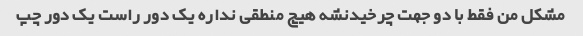
مشکل من فقط با دو جهت چرخیدنشه هیچ منطقی نداره یک دور راست یک دور چپ